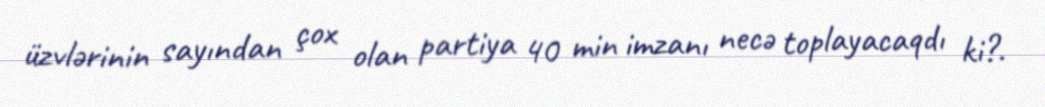
üzvlərinin sayından çox olan partiya 40 min imzanı necə toplayacaqdı ki?.